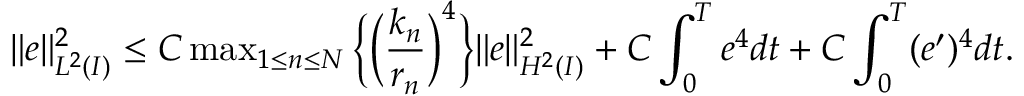
\begin{array} { r } { \| e \| _ { L ^ { 2 } ( I ) } ^ { 2 } \le C \operatorname* { m a x } _ { 1 \le n \le N } \Big \{ \Big ( \displaystyle \frac { k _ { n } } { r _ { n } } \Big ) ^ { 4 } \Big \} \| e \| _ { H ^ { 2 } ( I ) } ^ { 2 } + C \displaystyle \int _ { 0 } ^ { T } e ^ { 4 } d t + C \displaystyle \int _ { 0 } ^ { T } ( e ^ { \prime } ) ^ { 4 } d t . } \end{array}